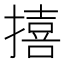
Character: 𪮬